kultuurilooline_kollektsioon, lk 31
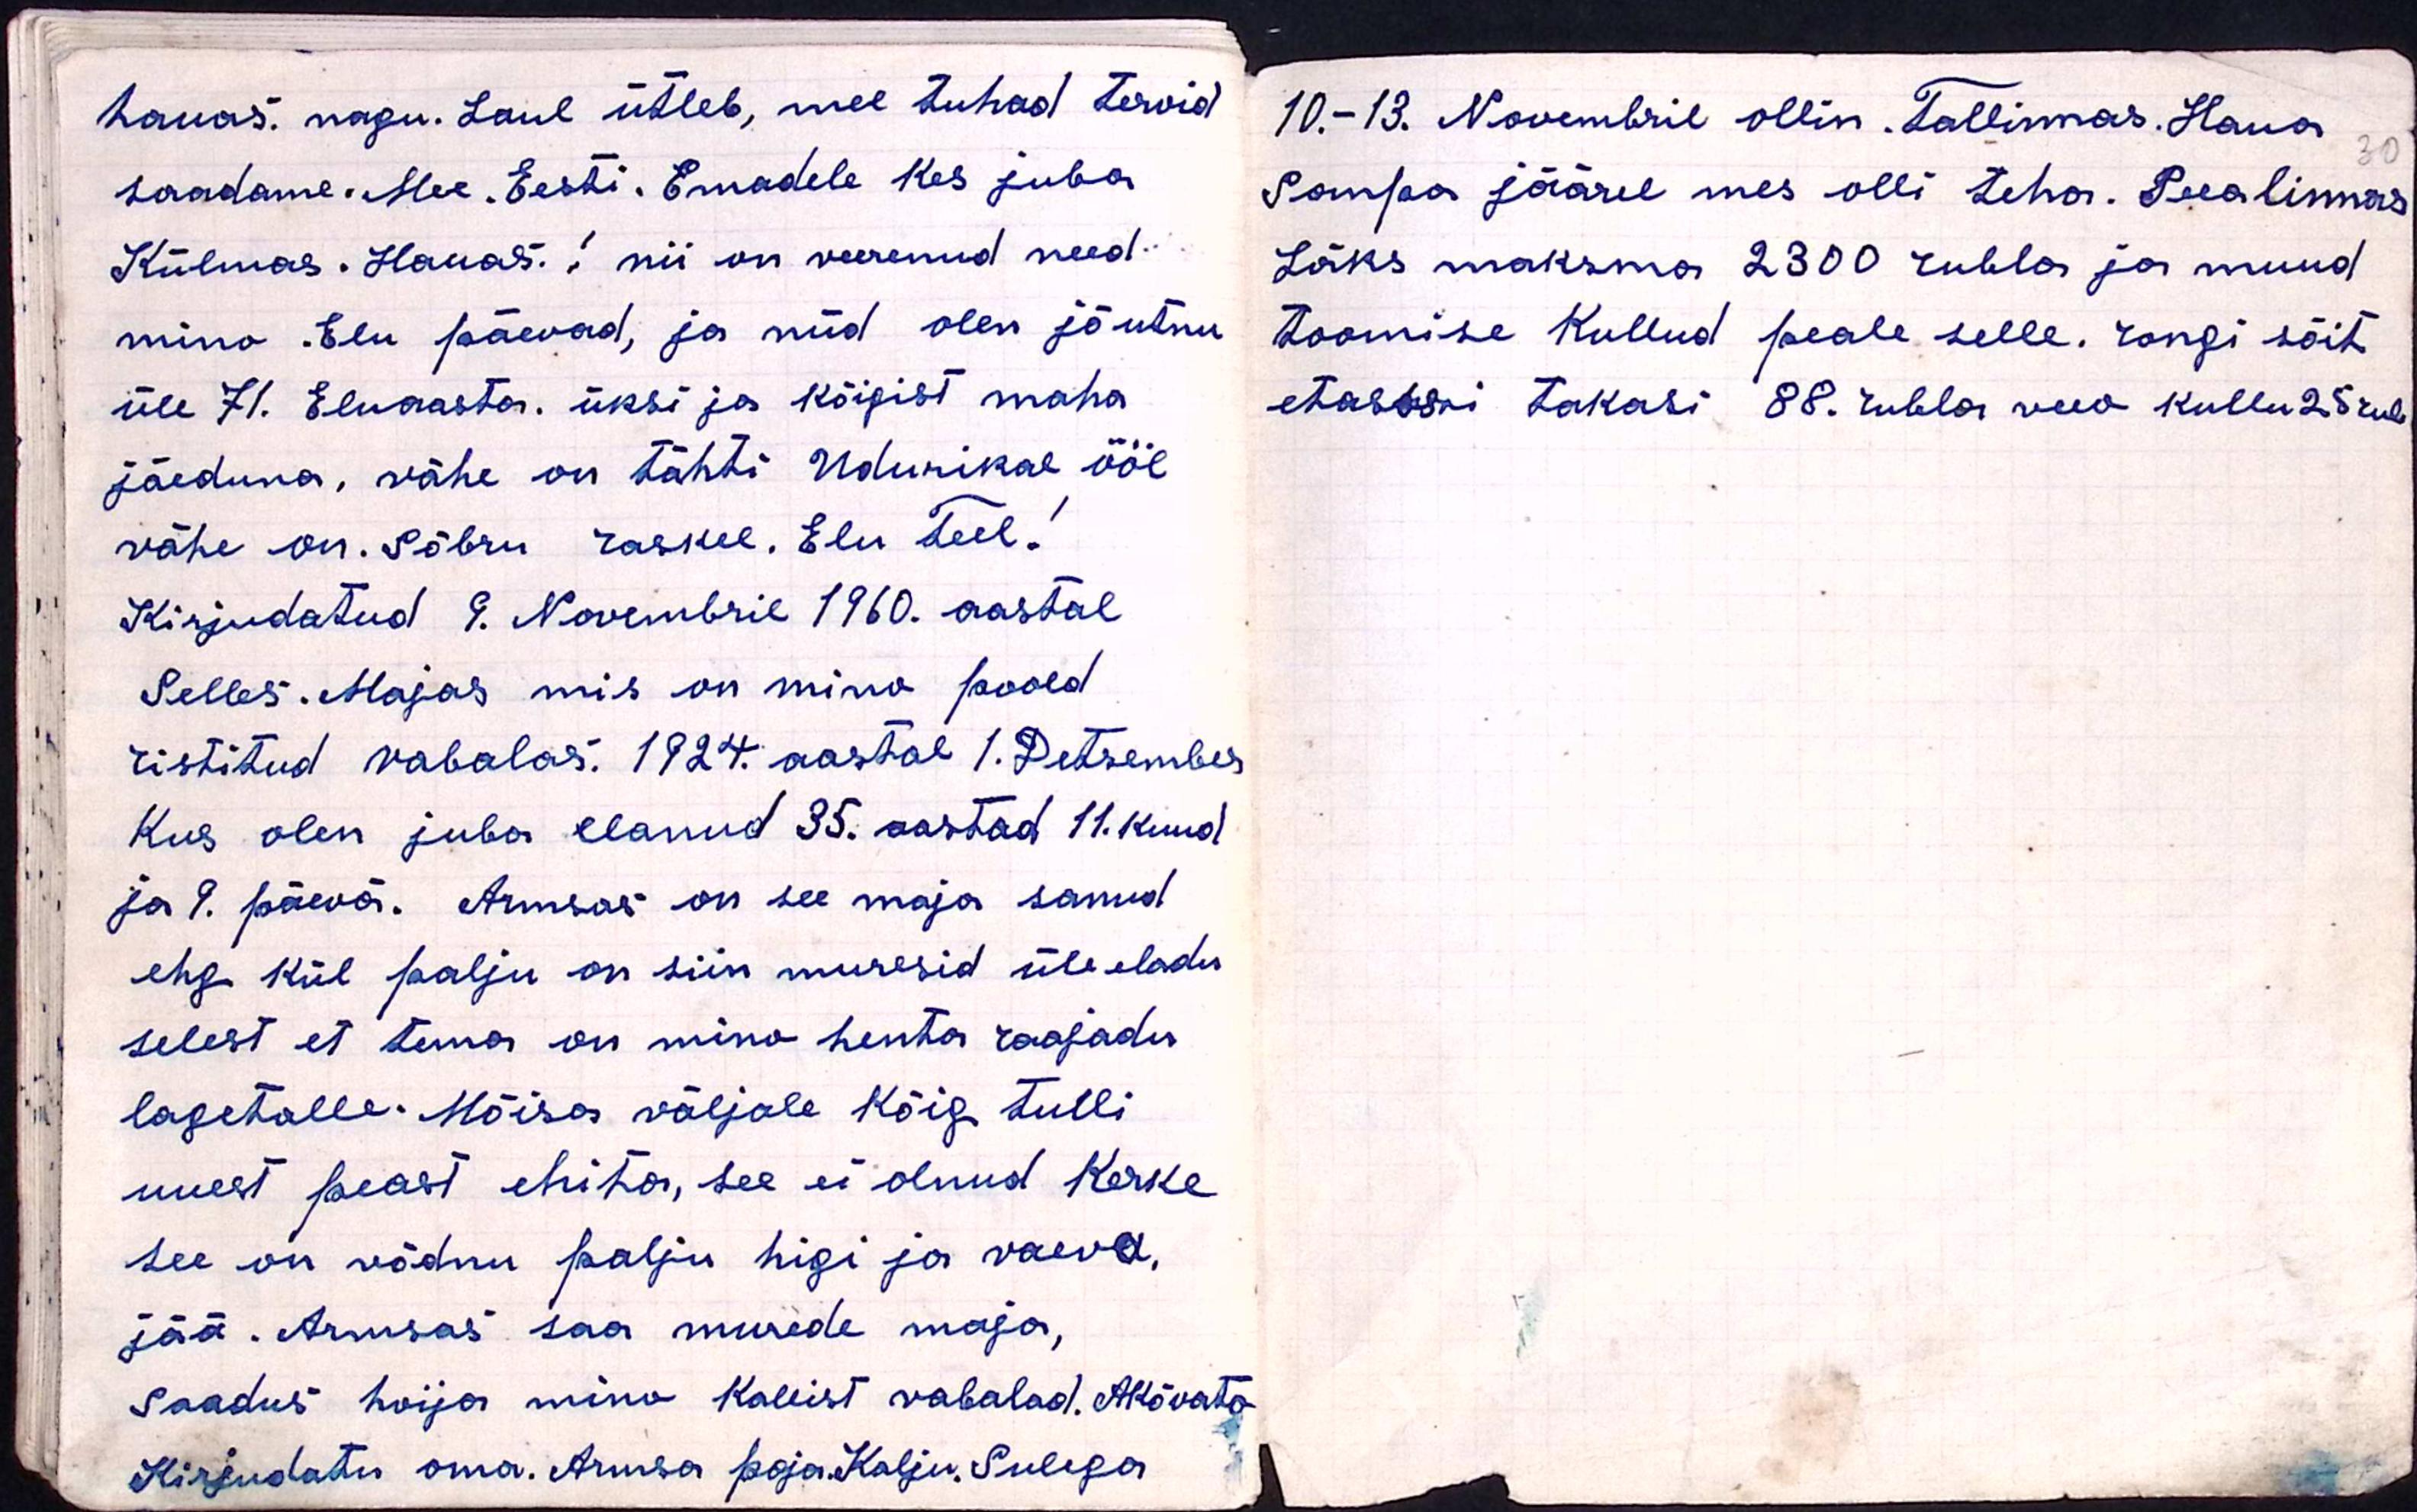
hauas. nagu. Laul ütleb, mee tuhad tervid
saadame. Mee. Eesti. Emadele kes juba
Külmas. Hauas! nii on veerenud need
mino. Elu päevad, ja nüd olen jõutnu
üle 71. Eluaasta. üksi ja kõigist maha
jäeduna, vähe on tähti Udurikal ööl
vähe on. Sõbru raskel. Elu Teel!
Kirjudatud 9. Novembril 1960. aastal
Selles. Majas mis on mino poold
ristitud vabalas. 1924. aastal 1. Detsember
Kus olen juba elanud 35. aastad 11. kuud
ja 9. päevä. Armsas on see maja sanud
ehg kül palju on siin muresid üle eladu
selest et tema on mino henta raajadu
lagetalle. Mõisa väljale kõig tulli
uuest peast ehita, see ei olnud kerke
see on võdnu palju higi ja vaeva,
jää. Armsas saa murede maja,
saadus hoija mino kallist vabalad. AKõvato
Kirjudatu oma. Armsa poja Kalju. Sulega

10.-13. Novembril ollin. Tallinnas. Haua
30
Sompa jäärel mes olli teha. Peealinnas
Läks maksma 2300 rubla ja muud
toomise kullud peale selle. rongi sõit
etassi takasi 88. rubla veeo kullu 25 rub.